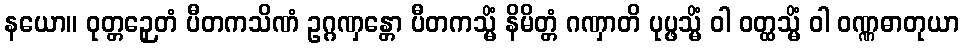
နယော။ ဝုတ္တဉှေတံ ပီတကသိဏံ ဥဂ္ဂဏှန္တော ပီတကသ္မိံ နိမိတ္တံ ဂဏှာတိ ပုပ္ဖသ္မိံ ဝါ ဝတ္ထသ္မိံ ဝါ ဝဏ္ဏဓာတုယာ